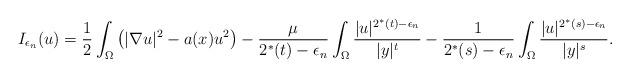
LaTeX: \begin{align*}I_{\epsilon_n}(u)=\frac{1}{2}\int_{\Omega}\big(|\nabla u|^{2}-a(x)u^{2}\big)-\frac{\mu}{2^{*}(t)-\epsilon_n}\int_{\Omega}\frac{|u|^{2^{*}(t)-\epsilon_n}}{|y|^{t}}-\frac{1}{2^{*}(s)-\epsilon_n}\int_{\Omega}\frac{|u|^{2^{*}(s)-\epsilon_n}}{|y|^{s}}.\end{align*}